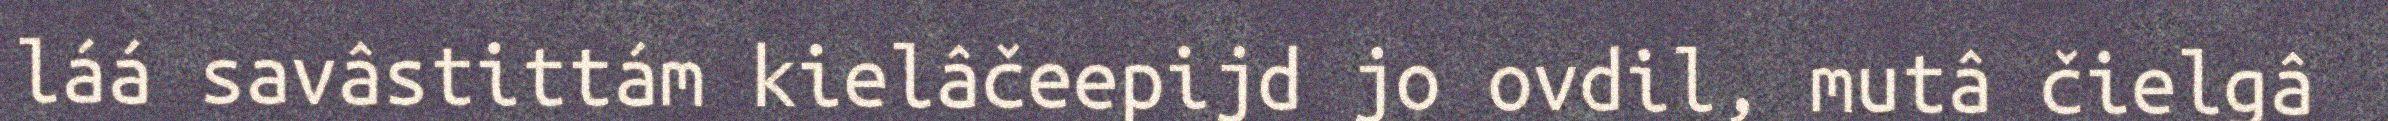
láá savâstittám kielâčeepijd jo ovdil, mutâ čielgâ